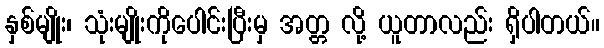
နှစ်မျိုး၊ သုံးမျိုးကိုပေါင်းပြီးမှ အတ္တ လို့ ယူတာလည်း ရှိပါတယ်။